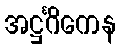
အဋ္ဌင်္ဂိကေန